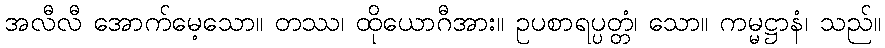
အလီလီ အောက်မေ့သော။ တဿ၊ ထိုယောဂီအား။ ဥပစာရပ္ပတ္တံ၊ သော။ ကမ္မဋ္ဌာနံ၊ သည်။